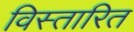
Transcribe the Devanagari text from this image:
विस्तारित